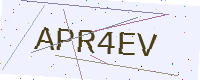
Text: APR4EV